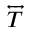
\overleftrightarrow { T }